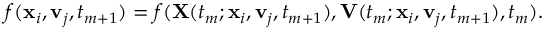
\begin{array} { r } { f ( \mathbf { x } _ { i } , \mathbf { v } _ { j } , t _ { m + 1 } ) = f ( \mathbf { X } ( t _ { m } ; \mathbf { x } _ { i } , \mathbf { v } _ { j } , t _ { m + 1 } ) , \mathbf { V } ( t _ { m } ; \mathbf { x } _ { i } , \mathbf { v } _ { j } , t _ { m + 1 } ) , t _ { m } ) . } \end{array}